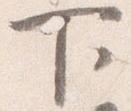
下